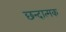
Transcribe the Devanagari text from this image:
छन्दात्मक